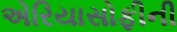
એરિયાસોફીની